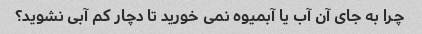
چرا به جای آن آب یا آبمیوه نمی خورید تا دچار کم آبی نشوید؟